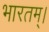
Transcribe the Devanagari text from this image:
भारतम्।